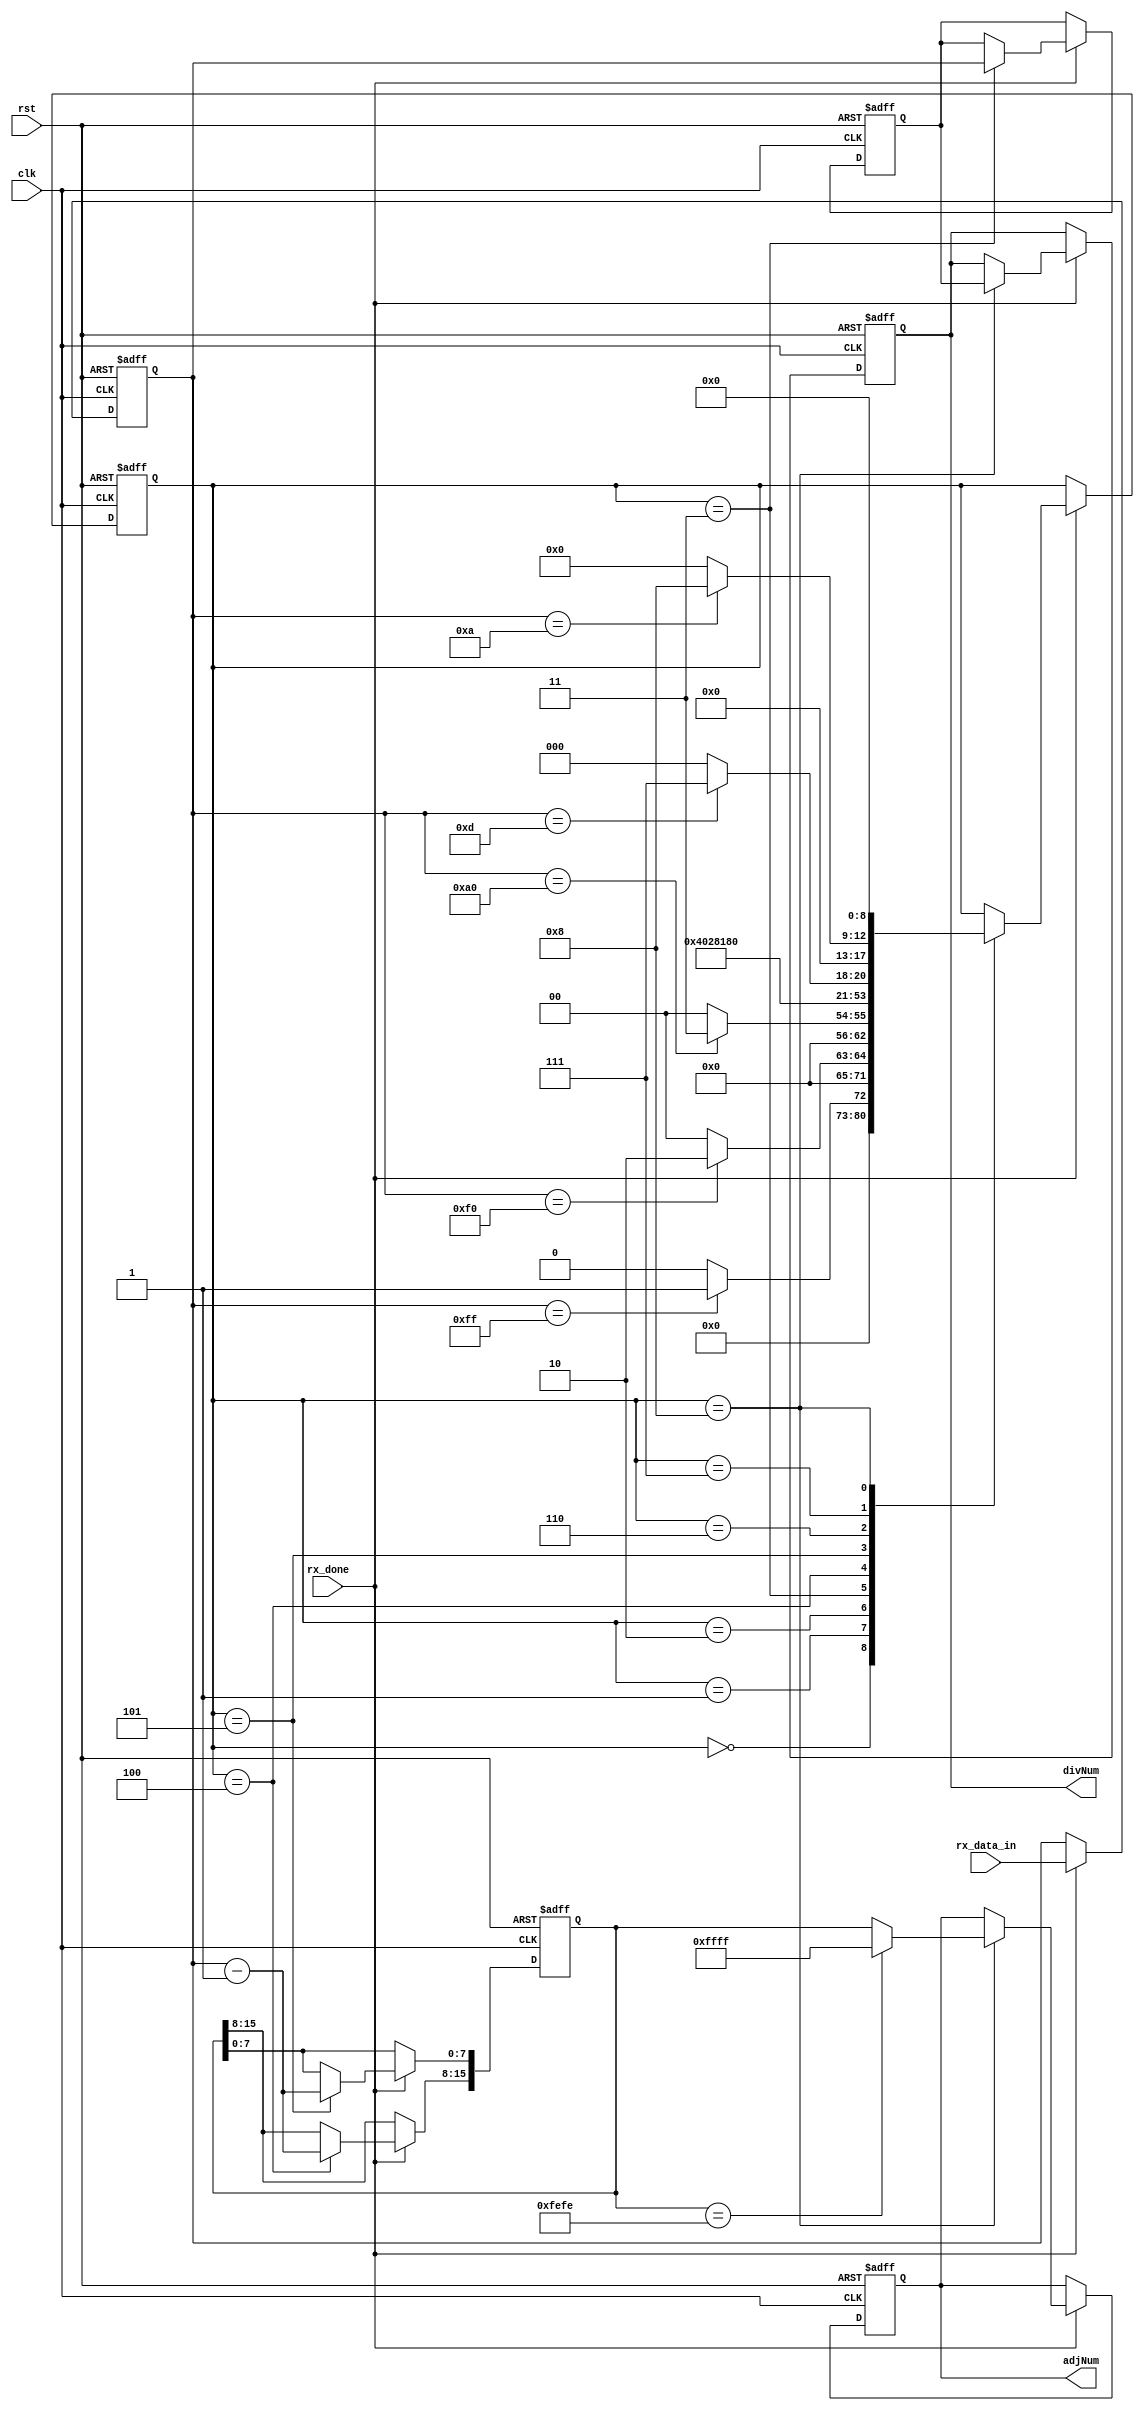
//rxd_control

module uart_rxd_ctr(
				input 	     clk,
				input 	   	rst,
				input	      rx_done,
				input [7:0]rx_data_in,
				output reg[7:0]   divNum,
				output reg[15:0]   adjNum
				);

//===========================================
reg[7:0] rx_data;
always @(posedge clk or negedge rst) begin
	if (!rst) begin
		// reset
		rx_data <= 8'd0;
	end
	else if (rx_done) begin
		rx_data <= rx_data_in;
	end
end
//============================================
reg[8:0]rxState;
reg[7:0]cnt8;
reg[7:0]divNum_r;
reg[15:0]adjNum_r;

always @(posedge clk or negedge rst) begin
	if (!rst) begin
		// reset
		rxState <= 9'd0;
		divNum <= 8'd124;
		adjNum <= 16'hffff;
		divNum_r <= 8'd0;
		adjNum_r <= 16'd0;
	end
	else if(rx_done)begin
		case(rxState)
			9'd0:
			begin
				if(rx_data == 8'hff) begin
					rxState <= 9'd1;
				end
				else begin
					rxState <= 9'd0;
				end
			end
			9'd1:
			begin
				if(rx_data == 8'hf0) begin
					rxState <= 9'd2;
				end
				else begin
					rxState <= 9'd0;
				end
			end
			9'd2:
			begin
				if(rx_data == 8'ha0) begin
					rxState <= 9'd3;
				end
				else begin
					rxState <= 9'd0;
				end
			end
			9'd3:
			begin
				divNum_r <= rx_data;
				rxState <= 9'd4;
			end
			9'd4:
			begin
				adjNum_r[15:8] <= rx_data - 8'd1;
				rxState <= 9'd5;
			end
			9'd5:
			begin
				adjNum_r[7:0] <= rx_data - 8'd1;
				rxState <= 9'd6;
			end
			9'd6:
			begin
				if(rx_data == 8'h0d) begin
					rxState <= 9'd7;
				end
				else begin
					rxState <= 9'd0;
				end
			end
			9'd7:
			begin
				if(rx_data == 8'h0a) begin
					rxState <= 9'd8;
				end
				else begin
					rxState <= 9'd0;
				end
			end
			9'd8:
			begin
				divNum <= divNum_r;
				if(adjNum_r == 16'hfefe) begin
					adjNum <= 16'hffff;
				end
				else begin
					adjNum <= adjNum_r;
				end
				rxState <= 9'd0;
			end
		endcase
	end
end

endmodule